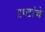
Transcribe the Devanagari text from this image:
दृष्टांचे